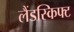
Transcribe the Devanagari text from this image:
लैंडस्किफ्ट